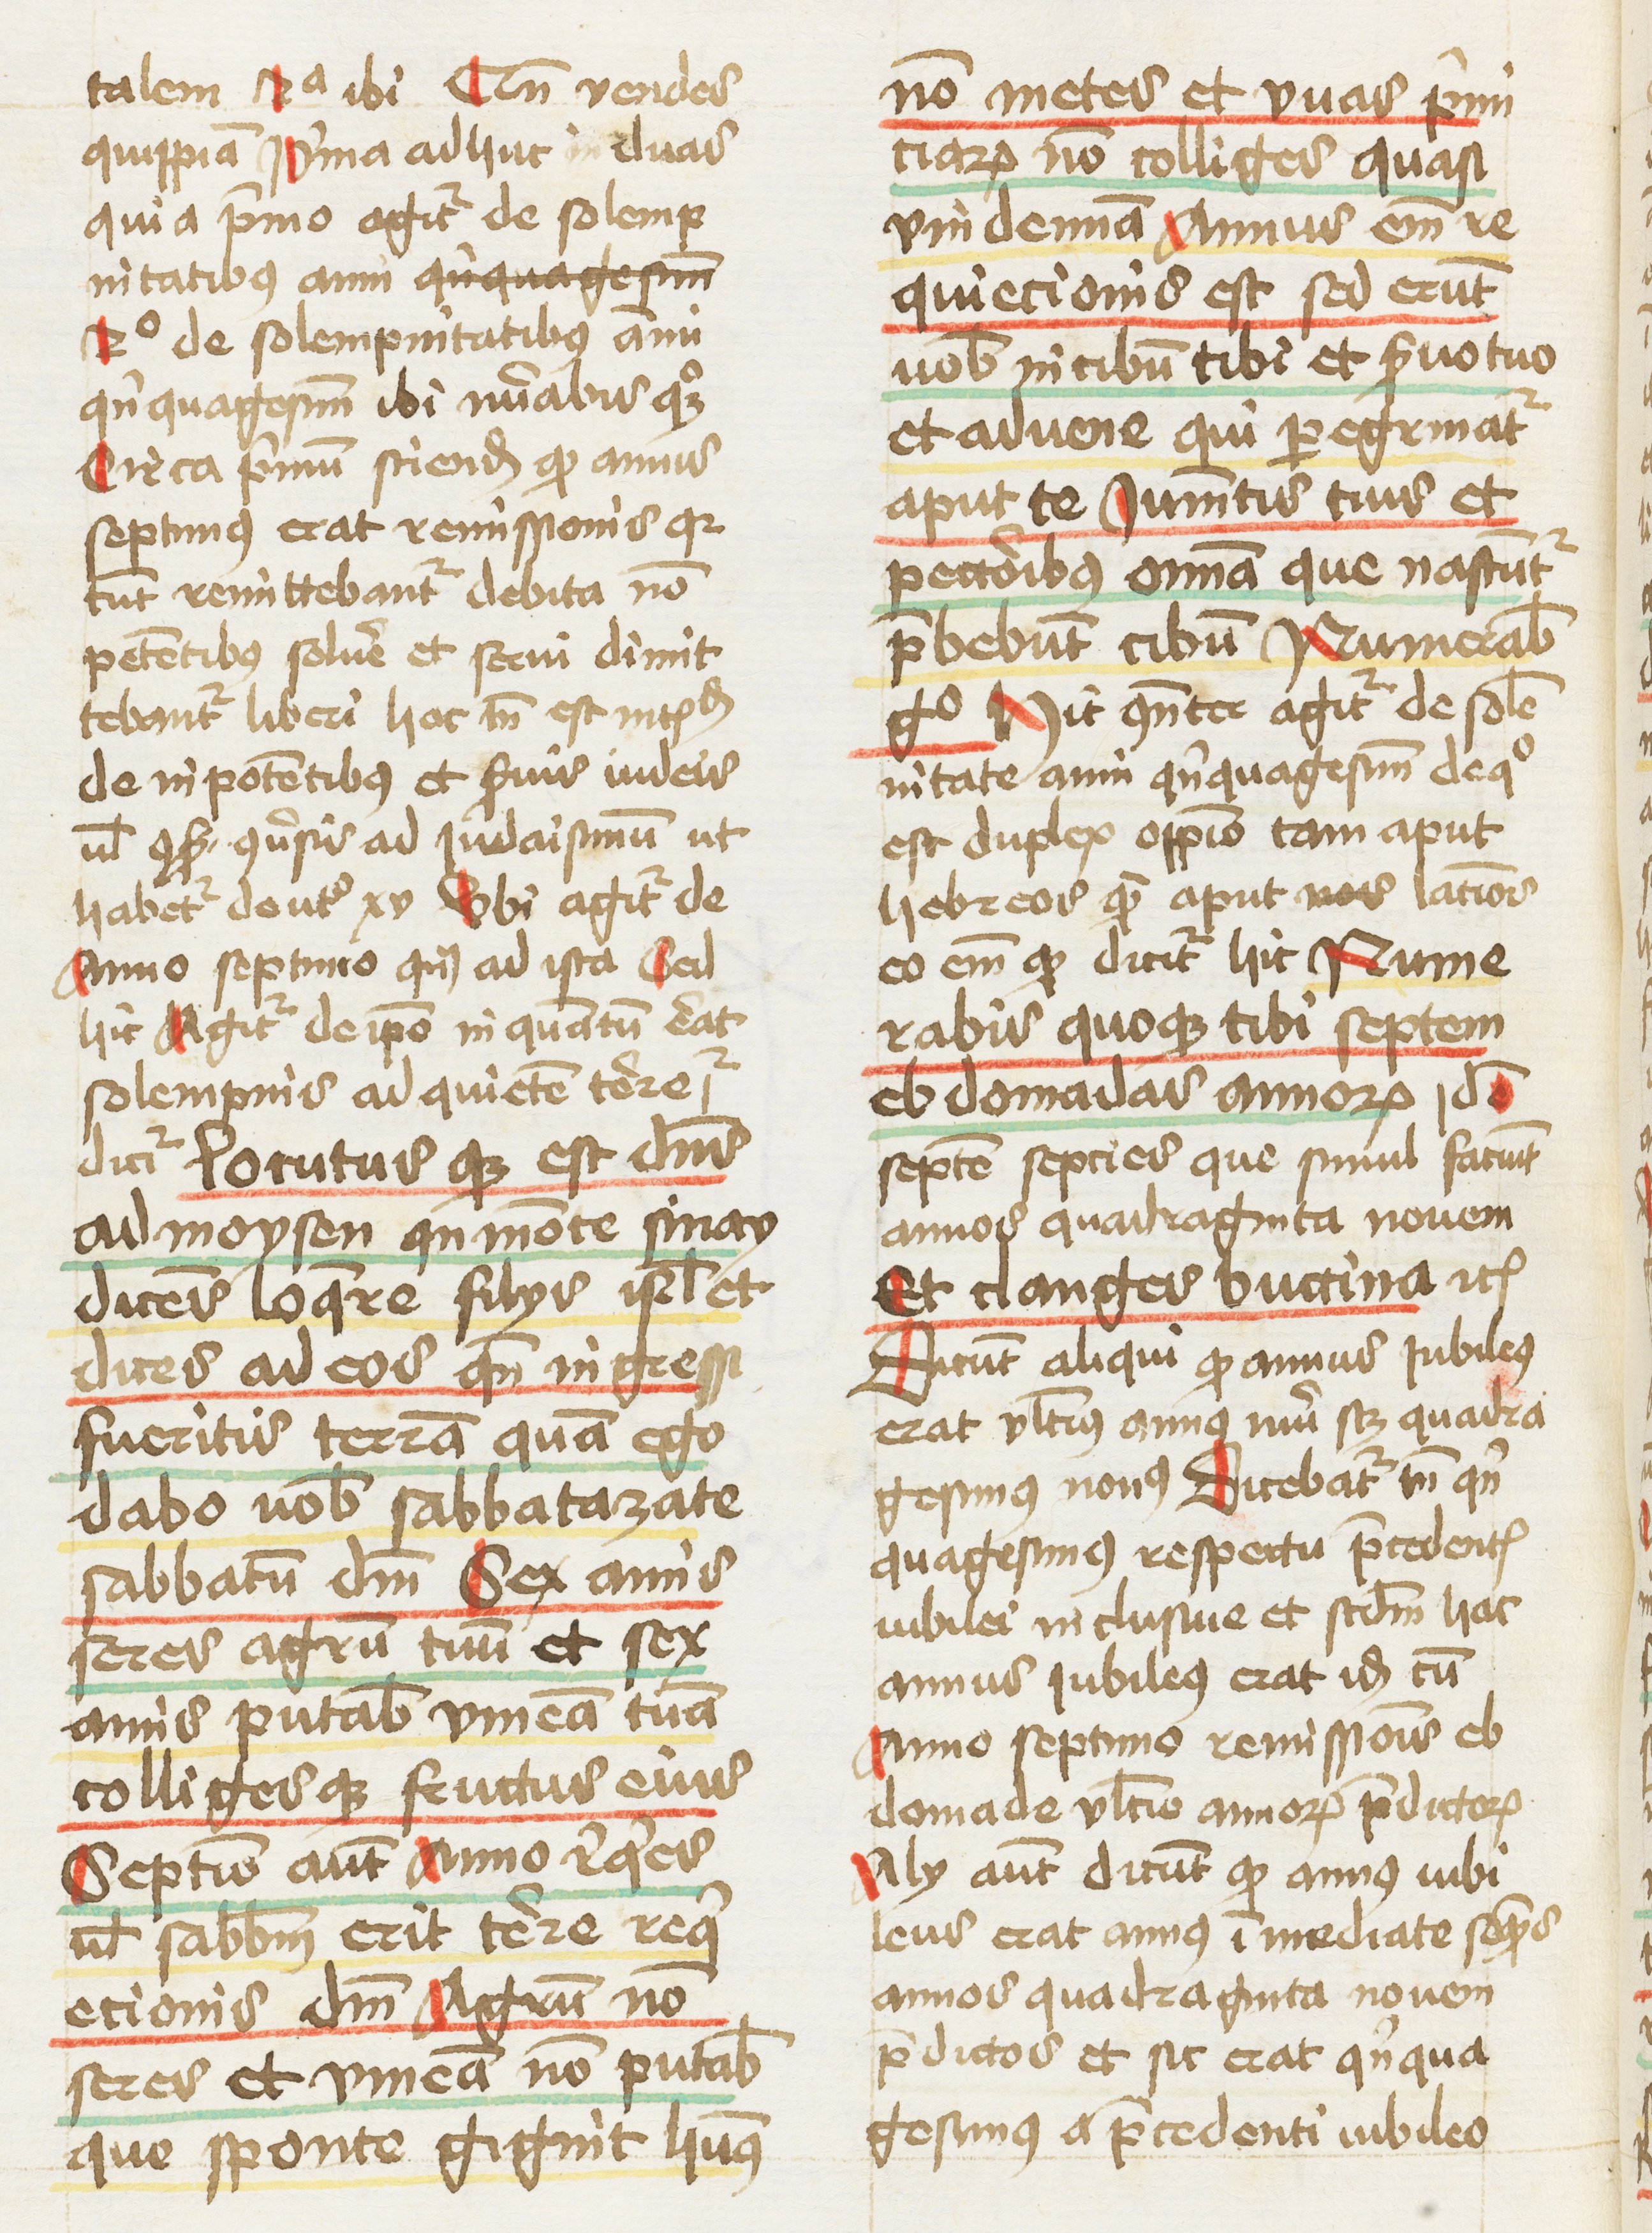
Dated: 1460–1461